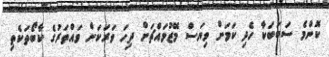
ކޮންމެ ސަބަބަކާ ހެދި ކަމަށް ވިޔަސް މޭޒުމައްޗަށް ދިހަ ވަރަކަށް ވައްތަރުގެ ކާބޯތަކެތި